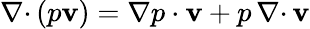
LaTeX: {{\nabla\cdot}\, }(p{\mathbf v})=\nabla p\cdot{\mathbf v}+p\, {{\nabla\cdot}\, }{\mathbf v}